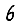
Digit: 6